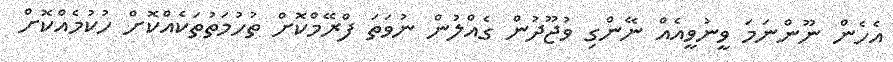
އެހެން ނޫންނަމަ ވީނުވީއެއް ނޭންގި ވުޖޫދުން ގެއްލުން ނުވަތަ ފްރޭމްކޮށް ތުހުމަތުތަކެއްކޮށް ހުކުމެއްކޮށް